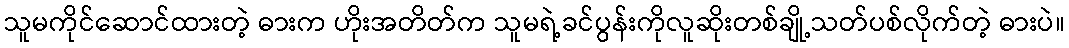
သူမကိုင်ဆောင်ထားတဲ့ ဓားက ဟိုးအတိတ်က သူမရဲ့ခင်ပွန်းကိုလူဆိုးတစ်ချို့သတ်ပစ်လိုက်တဲ့ ဓားပဲ။